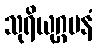
သုရိယုဂ္ဂမနံ